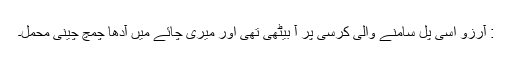
: آرزو اسی پل سامنے والی کرسی پر آ بیٹھی تھی اور میری چائے میں آدھا چمچ چینی محمل۔